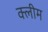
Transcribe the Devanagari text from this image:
क्लीम